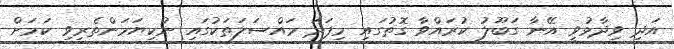
އަދި ވިދާޅުވީ އޭނާ ގަބޫލު ކުރައްވާ ގޮތުގައި މިފަދަ މައްސަލަތަކުގައި ނުކިޔަމަންތެރިވި ކަމަށް